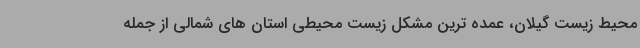
محیط زیست گیلان، عمده ترین مشکل زیست محیطی استان های شمالی از جمله